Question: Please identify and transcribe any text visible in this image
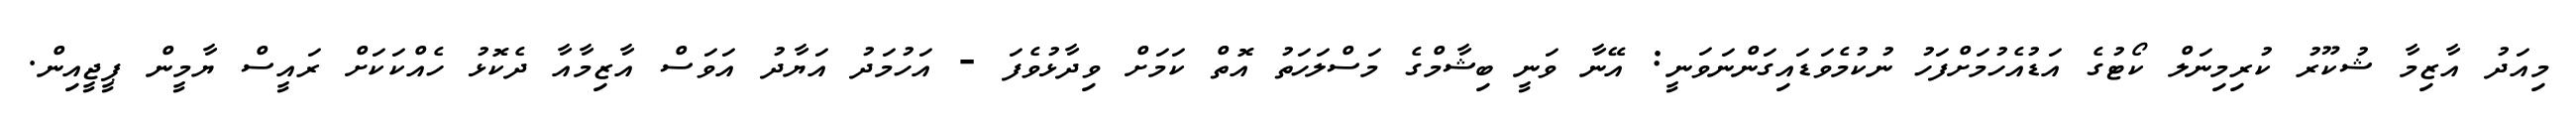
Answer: މިއަދު އާޒިމާ ޝުކޫރު ކުރިމިނަލް ކޯޓުގެ އަޑުއެހުމަށްފަހު ނުކުމެވަޑައިގަންނަވަނީ: އޭނާ ވަނީ ބިޝާމްގެ މަސްލަހަތު އޮތް ކަމަށް ވިދާޅުވެފަ - އަހުމަދު އަޔާދު އަވަސް އާޒިމާއާ ދެކޮޅު ހެއްކަކަށް ރައީސް ޔާމީން ޕީޖީއިން.